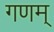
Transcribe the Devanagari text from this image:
गणम्